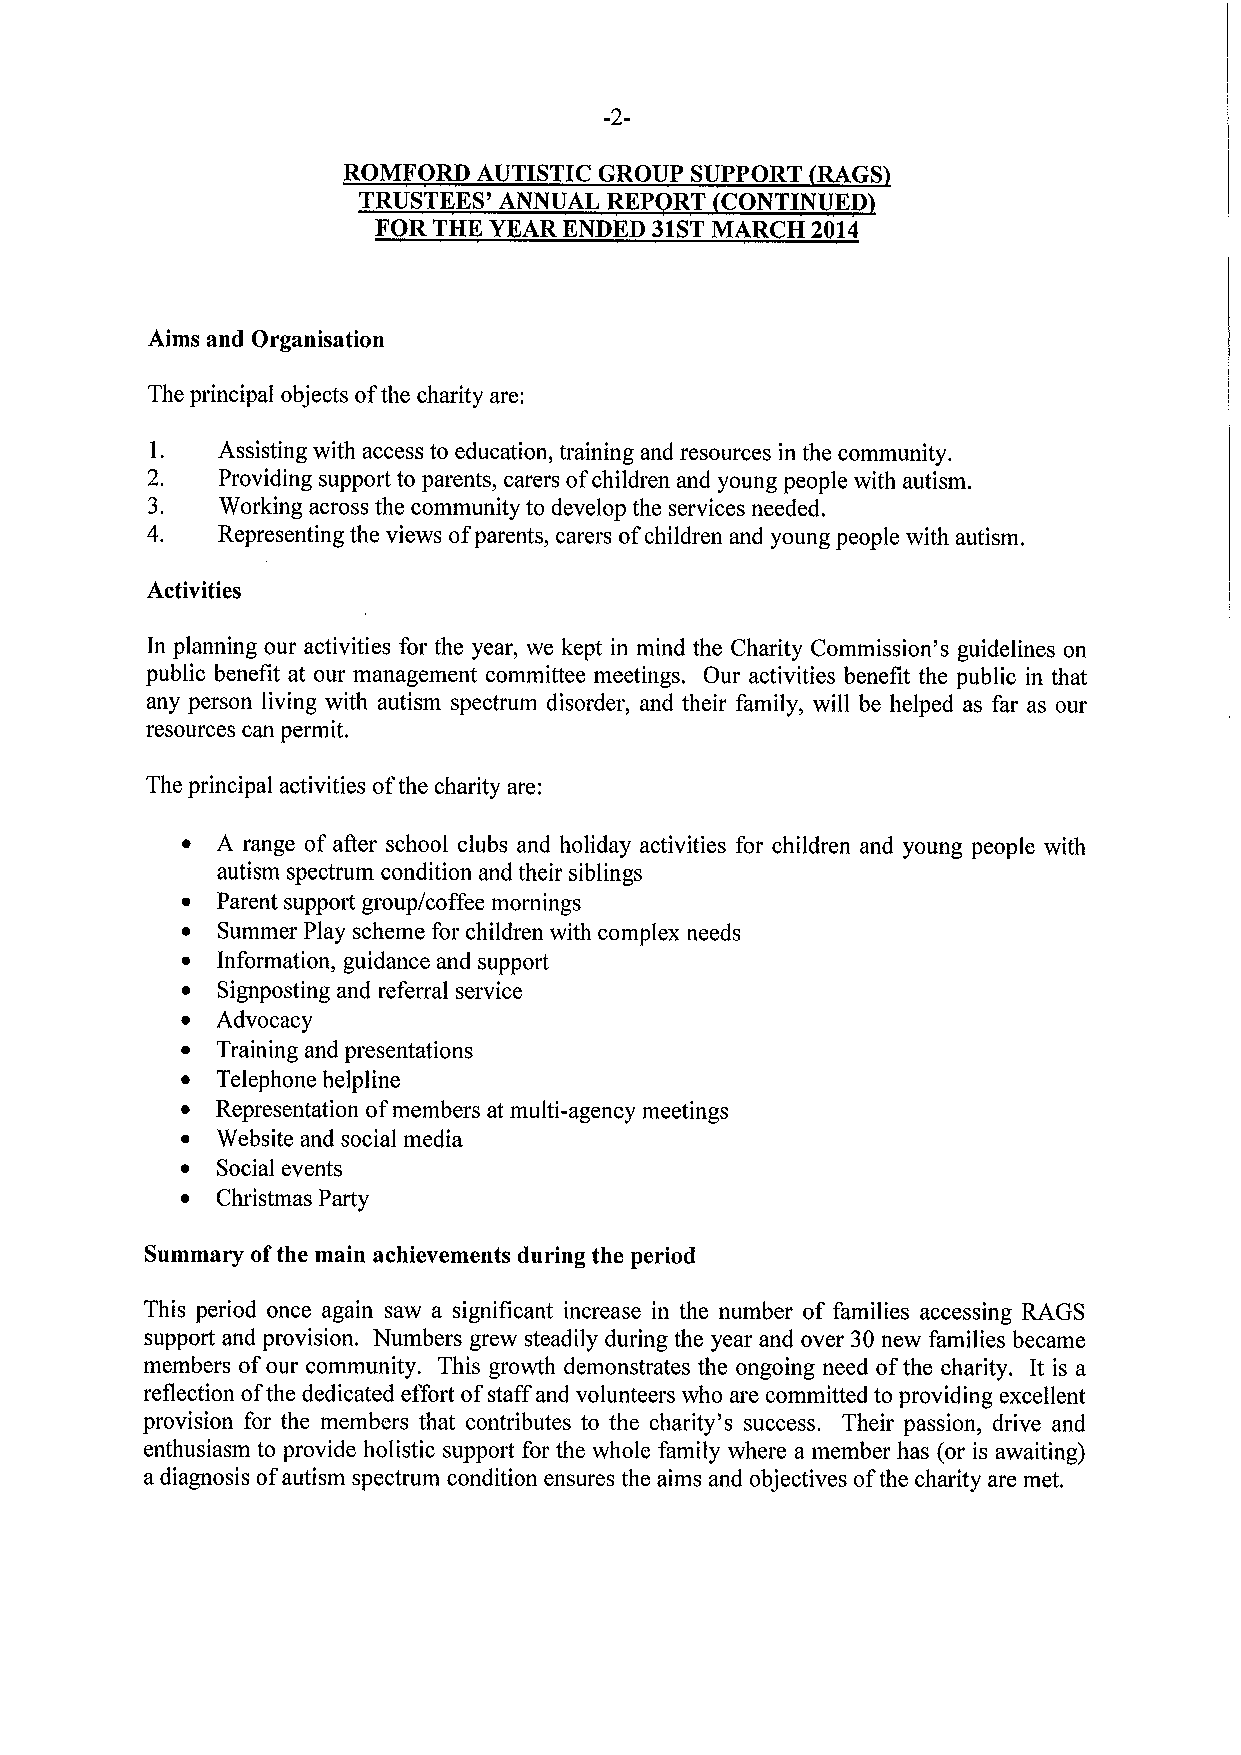
-2-
 ROMFORD  AUTISTIC GROUP SUPPORT RAGS
 TRUSTEES' ANNUAL REP RT CONTINUED
 FOR THK YEAR ENDED 31STMARCH 2014
 Aims and Organisation
 The principal objects ofthe charity are:
 l.
 Assisting with access to education, training and resources in the community.
 2.  Providing support to parents, carers ofchildren and young people with autism.
 3.  Working across the community to develop the services needed.
 4.  Representing the views of parents, carers ofchildren and young people with autism.
 Activities
 In planning our activities for the year, we kept in mind the Charity Commission's guidelines on
 public benefit at our management committee meetings. Our activities benefit the public in that
 any person living with autism spectrum disorder, and their family, will be helped as far as our
 resources can permit.
 The principal activities ofthe charity are:
 ~ A range of after school clubs and holiday activities for children and young people with
 autism spectrum condition and their siblings
 ~ Parent support group/coffee mornings
 ~ Summer Play scheme for children with complex needs
 ~ Information, guidance and suppoit
 ~ Signposting and referral service
 ~ Advocacy
 ~ Training and presentations
 ~ Telephone helpline
 ~ Representation ofmembers at multi-agency meetings
 ~ Website and social media
 ~ Social events
 ~ Christmas Party
 Summary ofthe main achievements during the period
 This period once again saw a significant increase in the number of families accessing RAGS
 support and provision. Numbers grew steadily during the year and over 30new families became
 members ofour community. This growth demonstrates the ongoing need ofthe charity, It is a
 reflection ofthe dedicated effort ofstaff and volunteers who are committed to providing excellent
 provision for the members that contributes to the charity's success. Their passion, drive and
 enthusiasm to provide holistic support for the whole family where a member has (or is awaiting)
 a diagnosis ofautism spectrum condition ensures the aims and objectives ofthe charity are met.